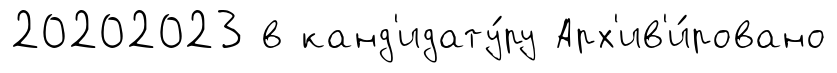
20202023 в канд'идату́ру Арх'ив'и́ровано